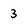
Character: 3